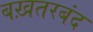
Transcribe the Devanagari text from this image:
बख़तरबंद